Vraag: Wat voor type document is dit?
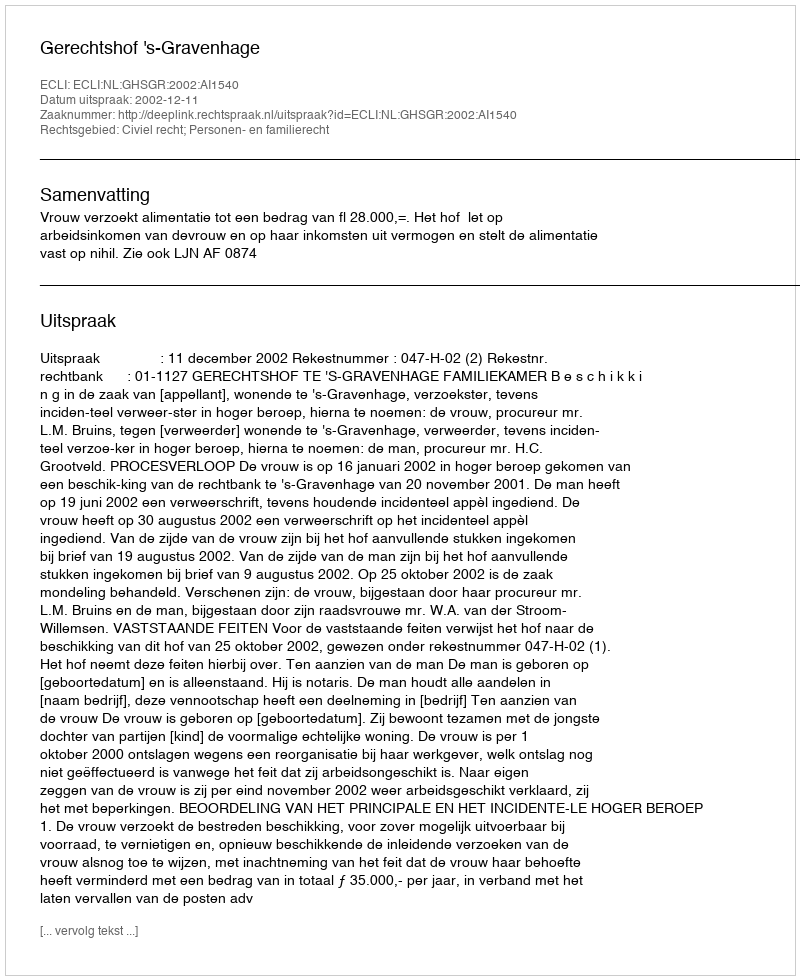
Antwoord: Uitspraak